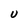
Character: U